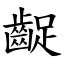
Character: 齪